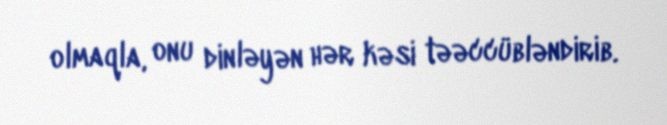
olmaqla, onu dinləyən hər kəsi təəccübləndirib.